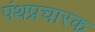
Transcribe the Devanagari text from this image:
पंथप्रचारक